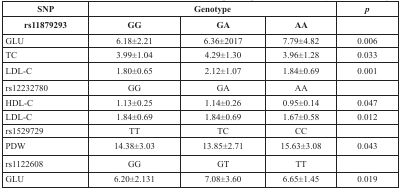
<table><thead><tr><td><b>SNP</b></td><td colspan="3"><b>Genotype</b></td><td><b><i>p</i></b></td></tr><tr><td><b>rs11879293</b></td><td><b>GG</b></td><td><b>GA</b></td><td><b>AA</b></td><td></td></tr></thead><tbody><tr><td>GLU</td><td>6.18±2.21</td><td>6.36±2017</td><td>7.79±4.82</td><td>0.006</td></tr><tr><td>TC</td><td>3.99±1.04</td><td>4.29±1.30</td><td>3.96±1.28</td><td>0.033</td></tr><tr><td>LDL-C</td><td>1.80±0.65</td><td>2.12±1.07</td><td>1.84±0.69</td><td>0.001</td></tr><tr><td>rs12232780</td><td>GG</td><td>GA</td><td>AA</td><td></td></tr><tr><td>HDL-C</td><td>1.13±0.25</td><td>1.14±0.26</td><td>0.95±0.14</td><td>0.047</td></tr><tr><td>LDL-C</td><td>1.84±0.69</td><td>1.84±0.69</td><td>1.67±0.58</td><td>0.012</td></tr><tr><td>rs1529729</td><td>TT</td><td>TC</td><td>CC</td><td></td></tr><tr><td>PDW</td><td>14.38±3.03</td><td>13.85±2.71</td><td>15.63±3.08</td><td>0.043</td></tr><tr><td>rs1122608</td><td>GG</td><td>GT</td><td>TT</td><td></td></tr><tr><td>GLU</td><td>6.20±2.131</td><td>7.08±3.60</td><td>6.65±1.45</td><td>0.019</td></tr></tbody></table>